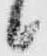
候